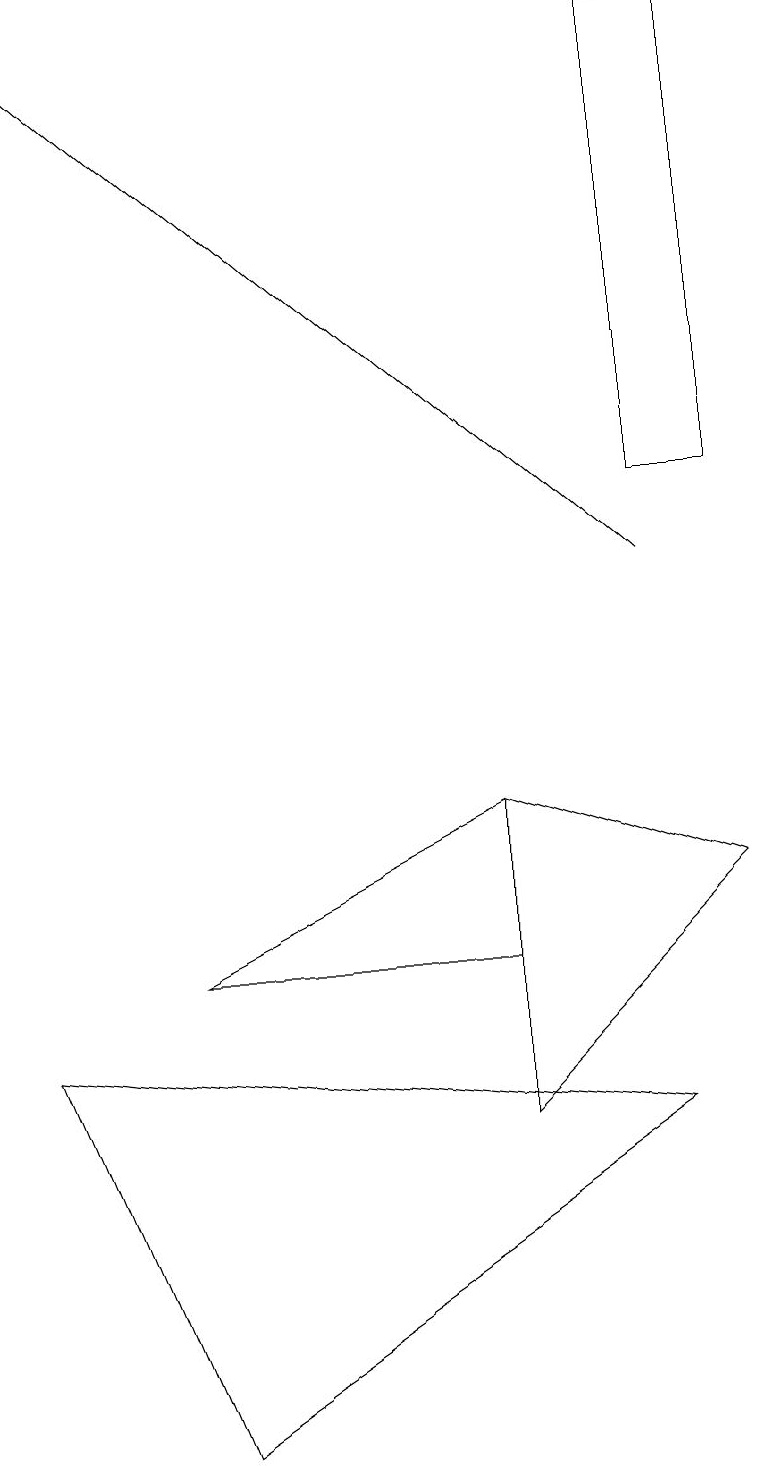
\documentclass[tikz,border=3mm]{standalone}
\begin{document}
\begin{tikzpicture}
\draw (2,1) -- (8,5) -- (0,6) -- cycle;
\draw (6,9) -- (6,5) -- (9,8) -- cycle;
\draw (8,13) rectangle (9,19);
\draw[->] (8,12) -- (0,19);
\draw (6,7) -- (6,9) -- (2,7) -- cycle;
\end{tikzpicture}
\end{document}